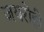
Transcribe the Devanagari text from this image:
जयरोही